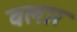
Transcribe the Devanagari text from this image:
वलार